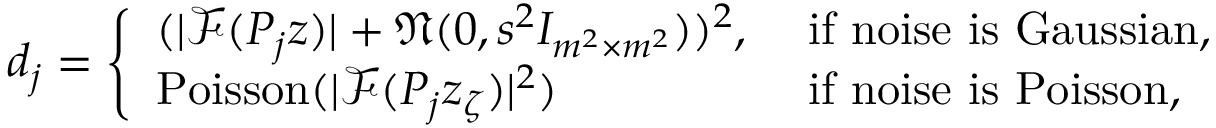
\begin{array} { r } { d _ { j } = \left\{ \begin{array} { l l } { ( | \mathcal { F } ( P _ { j } z ) | + \mathfrak { N } ( 0 , s ^ { 2 } I _ { m ^ { 2 } \times m ^ { 2 } } ) ) ^ { 2 } , } & { \mathrm { ~ i f ~ n o i s e ~ i s ~ G a u s s i a n } , } \\ { \mathrm { P o i s s o n } ( | \mathcal { F } ( P _ { j } z _ { \zeta } ) | ^ { 2 } ) } & { \mathrm { ~ i f ~ n o i s e ~ i s ~ P o i s s o n , } } \end{array} \right. } \end{array}